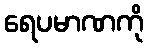
ရေပမာဏကို